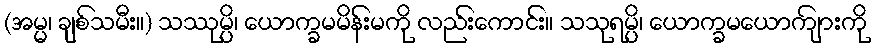
(အမ္မ၊ ချစ်သမီး။) သဿုမ္ပိ၊ ယောက္ခမမိန်းမကို လည်းကောင်း။ သသုရမ္ပိ၊ ယောက္ခမယောကျ်ားကို